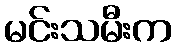
မင်းသမီးက